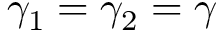
\gamma _ { 1 } = \gamma _ { 2 } = \gamma